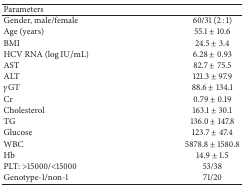
<table><thead><tr><td><b>Parameters </b></td><td><b> </b></td></tr></thead><tbody><tr><td>Gender, male/female</td><td>60/31 (2 : 1)</td></tr><tr><td>Age (years)</td><td>55.1 ± 10.6</td></tr><tr><td>BMI</td><td>24.5 ± 3.4</td></tr><tr><td>HCV RNA (log⁡IU/mL)</td><td>6.28 ± 0.93</td></tr><tr><td>AST</td><td>82.7 ± 75.5</td></tr><tr><td>ALT</td><td>121.3 ± 97.9</td></tr><tr><td><i>γ</i>GT</td><td>88.6 ± 134.1</td></tr><tr><td>Cr</td><td>0.79 ± 0.19</td></tr><tr><td>Cholesterol</td><td>163.1 ± 30.1</td></tr><tr><td>TG</td><td>136.0 ± 147.8</td></tr><tr><td>Glucose</td><td>123.7 ± 47.4</td></tr><tr><td>WBC</td><td>5878.8 ± 1580.8</td></tr><tr><td>Hb</td><td>14.9 ± 1.5</td></tr><tr><td>PLT: &gt;15000/&lt;15000</td><td>53/38</td></tr><tr><td>Genotype-1/non-1</td><td>71/20</td></tr></tbody></table>